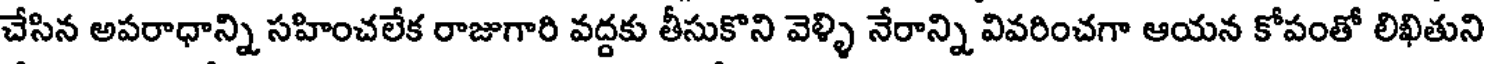
చేసిన అపరాధాన్ని సహించలేక రాజుగారి వద్దకు తీసుకొని వెళ్ళి నేరాన్ని వివరించగా ఆయన కోపంతో లిఖితుని